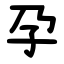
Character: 孕